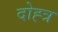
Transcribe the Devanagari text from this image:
दोह्त्र